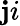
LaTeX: \mathbf{j}i